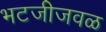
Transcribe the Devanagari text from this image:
भटजीजवळ